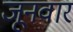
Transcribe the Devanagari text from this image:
जूनवार